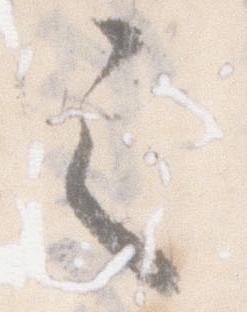
之